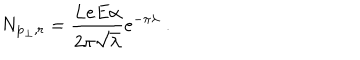
LaTeX: N _ { { \bf p } _ { \perp } , r } = \frac { L e E \alpha } { 2 \pi \sqrt { \lambda } } e ^ { - \pi \lambda } \; .